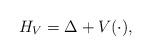
LaTeX: \begin{align*}H_{V}= \Delta + V(\cdot),\end{align*}